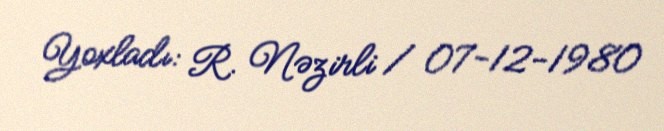
Yoxladı: R. Nəzirli / 07-12-1980